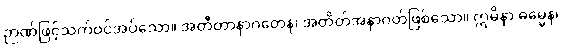
ဉာဏ်ဖြင့်သက်ဝင်အပ်သော။ အတီတာနာဂတေန၊ အတိတ်အနာဂတ်ဖြစ်သော။ ဣမိနာ ဓမ္မေန၊